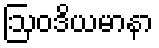
ဩဝဒိယမာနာ